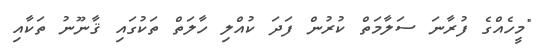
"މީހެއްގެ ފުރާނަ ސަލާމަތް ކުރުން ފަދަ ކުއްލި ހާލަތް ތަކުގައި ޤާނޫނު ތަކާއި